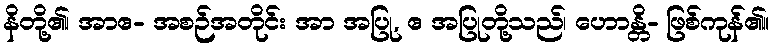
နိတို့၏၊ အာဧ- အစဉ်အတိုင်း အာ အပြု, ဧ အပြုတို့သည်၊ ဟောန္တိ- ဖြစ်ကုန်၏။